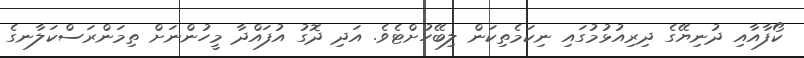
ކޯފާއާއި ދުނިޔޭގެ ދިރިއުޅުމުގައި ނިކަމެތިކަން ލިބޭހުށްޓެވެ. އަދި ދޮގު އުފައްދާ މީހުންނަށް ތިމަންރަސްކަލާނގެ